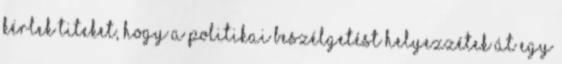
Kérlek titeket, hogy a politikai beszélgetést helyezzétek át egy